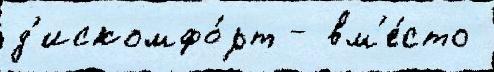
д'искомфо́рт - вм'е́сто